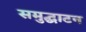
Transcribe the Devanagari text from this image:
समुद्घाटन